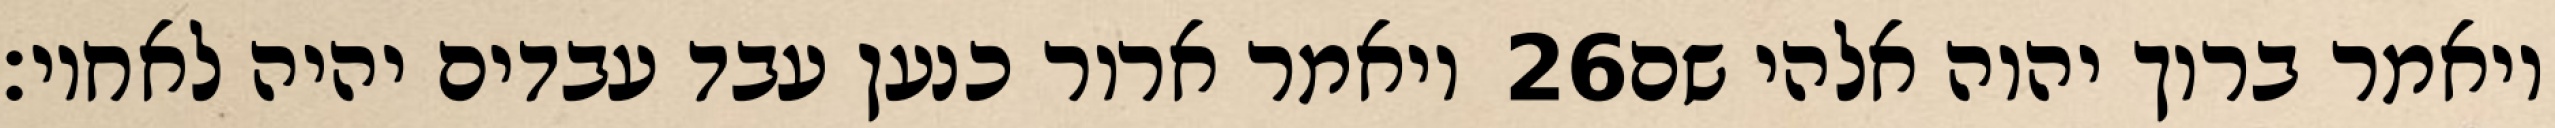
ויאמר ארור כנען עבד עבדים יהיה לאחיו׃ ‎26‏ ויאמר ברוך יהוה אלהי שם